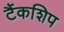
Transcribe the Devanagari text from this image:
टैंकशिप